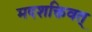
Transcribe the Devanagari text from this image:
मदशक्तिवत्